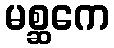
မစ္ဆကေ